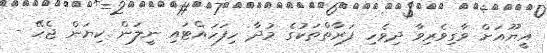
އީޔޫއަށް ވާގިވެރިވާ ދިވެހި ފަރާތްތަކުގެ މުދާ ހިފަހައްޓައި ނީލަން ކިޔަން ޖެހޭ -